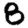
Digit: 8